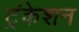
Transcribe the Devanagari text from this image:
ट्रंकेशन